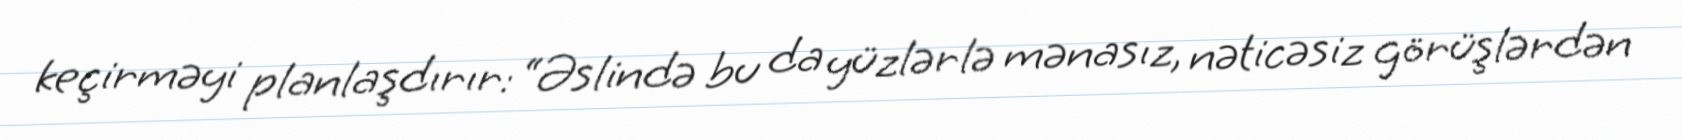
keçirməyi planlaşdırır: “Əslində bu da yüzlərlə mənasız, nəticəsiz görüşlərdən